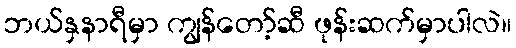
ဘယ်နှနာရီမှာ ကျွန်တော့်ဆီ ဖုန်းဆက်မှာပါလဲ။